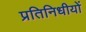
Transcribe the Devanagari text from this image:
प्रतिनिधीयों